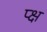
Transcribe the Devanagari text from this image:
प्क्ष